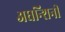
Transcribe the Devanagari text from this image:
अघन्शिनी